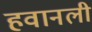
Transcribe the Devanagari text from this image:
हवानली